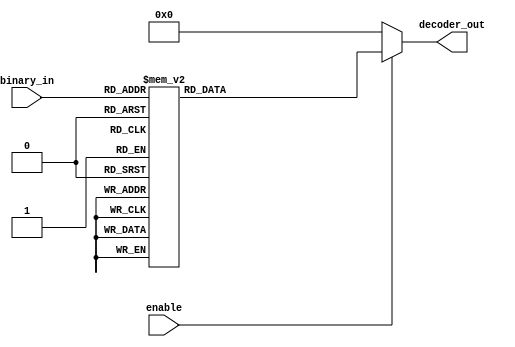
module decoder_using_case (
binary_in   , //  4 bit binary input
decoder_out , //  16-bit  out
enable        //  Enable for the decoder
);
input [3:0] binary_in  ;
input  enable ;
output [15:0] decoder_out ;

reg [15:0] decoder_out ;

always @ (enable or binary_in)
begin
  decoder_out = 0;
  if (enable) begin
    case (binary_in)
      4'h0 : decoder_out = 16'h0001;
      4'h1 : decoder_out = 16'h0002;
      4'h2 : decoder_out = 16'h0004;
      4'h3 : decoder_out = 16'h0008;
      4'h4 : decoder_out = 16'h0010;
      4'h5 : decoder_out = 16'h0020;
      4'h6 : decoder_out = 16'h0040;
      4'h7 : decoder_out = 16'h0080;
      4'h8 : decoder_out = 16'h0100;
      4'h9 : decoder_out = 16'h0200;
      4'hA : decoder_out = 16'h0400;
      4'hB : decoder_out = 16'h0800;
      4'hC : decoder_out = 16'h1000;
      4'hD : decoder_out = 16'h2000;
      4'hE : decoder_out = 16'h4000;
      4'hF : decoder_out = 16'h8000;
    endcase
  end
end

endmodule